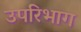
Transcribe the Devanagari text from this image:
उपरिभाग